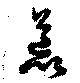
荒